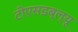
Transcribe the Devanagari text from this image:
टीएसडब्ल्यू